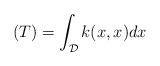
LaTeX: \begin{align*} (T) = \int_{\mathcal{D}}k(x,x)dx\end{align*}